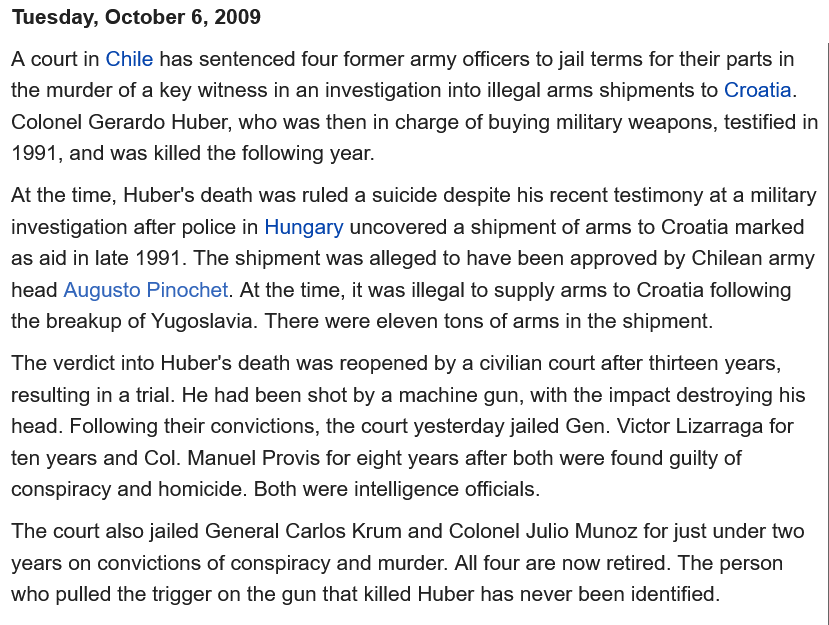
Tuesday, October 6, 2009
  A court in Chile has sentenced four former army officers to jail terms for their parts in
  the murder of a key witness in an investigation into illegal arms shipments to Croatia.
  Colonel Gerardo Huber, who was then in charge of buying military weapons, testified in
  1991, and was killed the following year.
  At the time, Huber's death was ruled a suicide despite his recent testimony at a military
  investigation after police in Hungary uncovered a shipment of arms to Croatia marked
  as aid in late 1991. The shipment was alleged to have been approved by Chilean army
  head Augusto Pinochet. At the time, it was illegal to supply arms to Croatia following
  the breakup of Yugoslavia. There were eleven tons of arms in the shipment.
  The verdict into Huber's death was reopened by a civilian court after thirteen years,
  resulting in a trial. He had been shot by a machine gun, with the impact destroying his
  head. Following their convictions, the court yesterday jailed Gen. Victor Lizarraga for
  ten years and Col. Manuel Provis for eight years after both were found guilty of
  conspiracy and homicide. Both were intelligence officials.
  The court also jailed General Carlos Krum and Colonel Julio Munoz for just under two
  years on convictions of conspiracy and murder. All four are now retired. The person
  who pulled the trigger on the gun that killed Huber has never been identified.